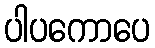
ပါပကောပေ